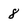
Character: 8